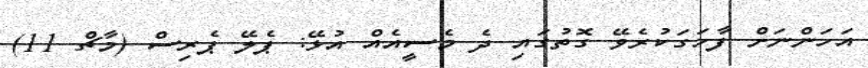
އަހަންނަށް ފާހަގަކުރެވޭ ގޮތުގައި ދެ މެސީއެއް އުޅޭ: ޕެލޭ ޕެރިސް (މާޗް 11)